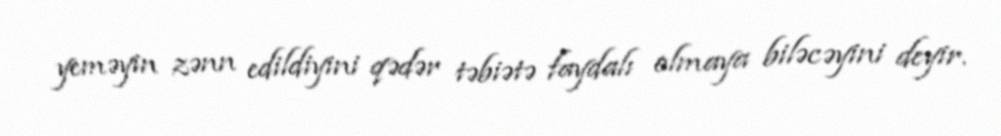
yeməyin zənn edildiyini qədər təbiətə faydalı olmaya biləcəyini deyir.